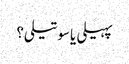
پہیلی یا سوتیلی؟